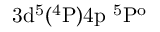
\mathrm { 3 d ^ { 5 } ( ^ { 4 } P ) 4 p \ ^ { 5 } P ^ { o } }